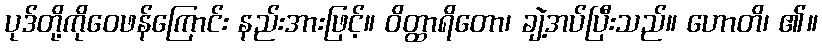
ပုဒ်တို့ကိုဝေဖန်ကြောင်း နည်းအားဖြင့်။ ဝိတ္ထာရိတော၊ ချဲ့အပ်ပြီးသည်။ ဟောတိ၊ ၏။